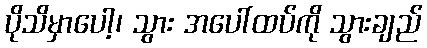
ပိုသိမှာပေါ့၊ သွား အပေါ်ထပ်ကို သွားချည်